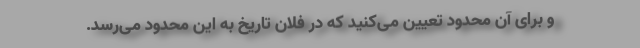
و برای آن محدود تعیین می‌کنید که در فلان تاریخ به این محدود می‌رسد.